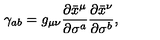
\gamma _ { a b } = g _ { \mu \nu } \frac { \partial \bar { x } ^ { \mu } } { \partial \sigma ^ { a } } \frac { \partial \bar { x } ^ { \nu } } { \partial \sigma ^ { b } } ,